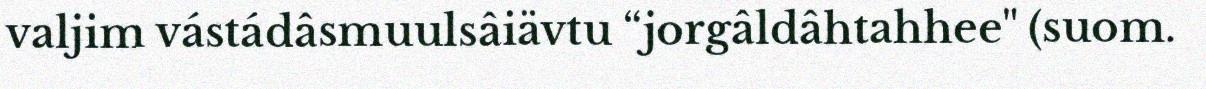
valjim vástádâsmuulsâiävtu “jorgâldâhtahhee" (suom.